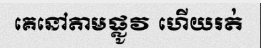
គេនៅតាមផ្លូវ ហើយរត់